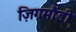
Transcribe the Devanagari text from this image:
ज़िगमौंडी